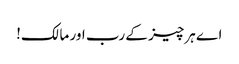
اے ہرچیز کے رب اور مالک!